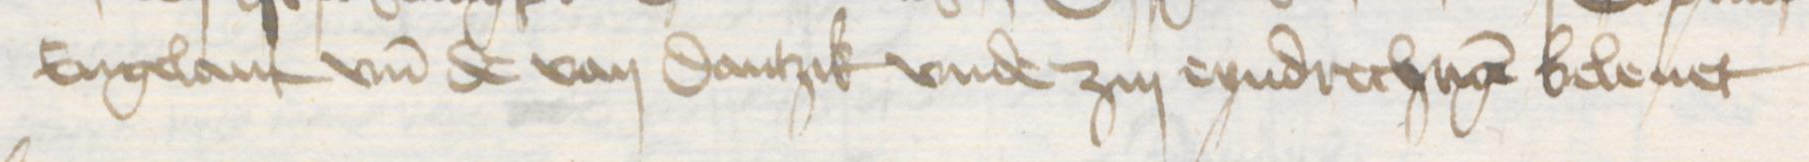
Engelant vnd de van Dantzik vnde zin eyndrechtigen beleuet